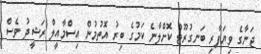
ޖަނާގެ ވިޔަފާރި ބަނގުރޫޓު ކޮށްލާނެ ކަމުގެ ބިރު އޮތުމުން އިސްމާއީލް ރަޝީދު ވެސް